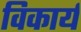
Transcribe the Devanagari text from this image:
विकार्य